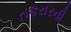
તકરારની